Civil Veterinary Department Bengal reports 1933-51 - 1933-1951
Year: 1933
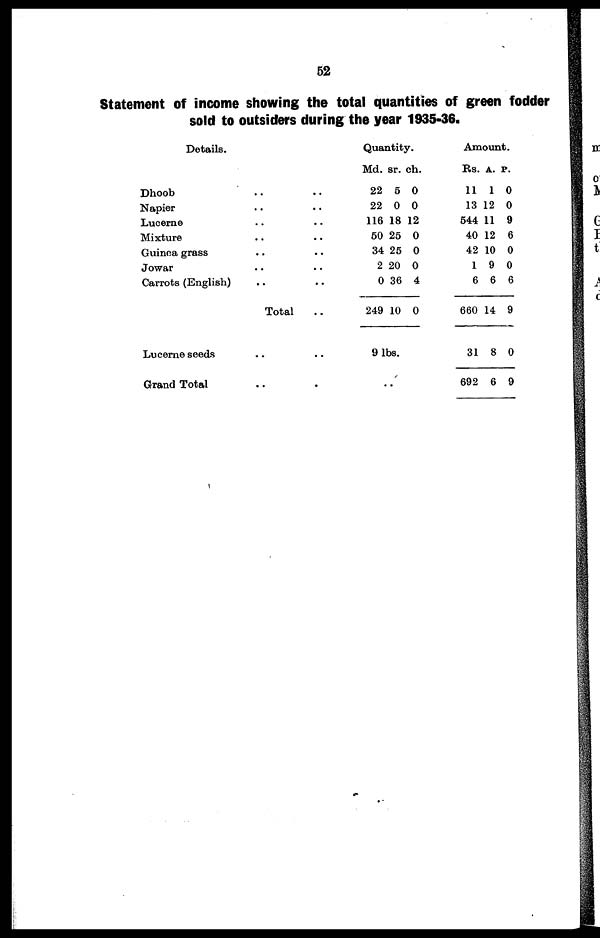
52
Statement of income showing the total quantities of green fodder
sold to outsiders during the year 1935-36.
Details.
Dhoob
Napier
Lucerne
Mixture
Guinea grass
Jowar
Carrots (English)
Lucerne seeds
Grand Total
..
..
..
..
..
..
..
Total
..
..
..
..
..
..
..
..
..
..
..
.
Quantity.
Md.
22
22
116
50
34
2
0
249
sr.
5
0
18
25
25
20
36
10
9 lbs.
..
ch.
0
0
12
0
0
0
4
0
Amount.
Rs.
11
13
544
40
42
1
6
660
31
692
A.
1
12
11
12
10
9
6
14
8
6
P.
0
0
9
6
0
0
6
9
0
9